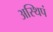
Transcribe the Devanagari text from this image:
अस्थिपं